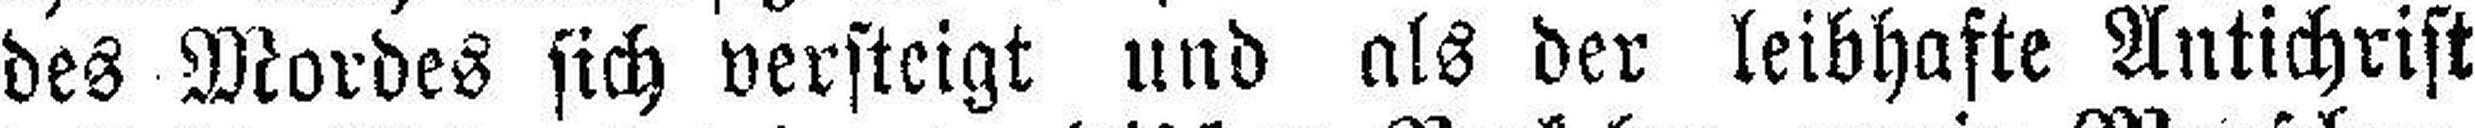
des Mordes sich versteigt und als der leibhafte Antichrist